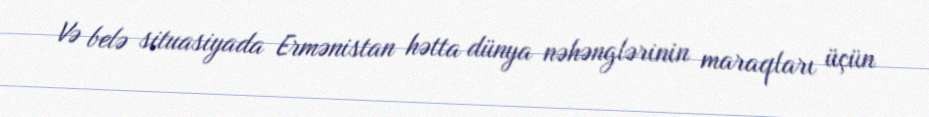
Və belə situasiyada Ermənistan hətta dünya nəhənglərinin maraqları üçün